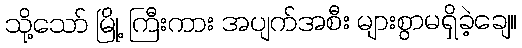
သို့သော် မြို့ ကြီးကား အပျက်အစီး များစွာမရှိခဲ့ချေ။